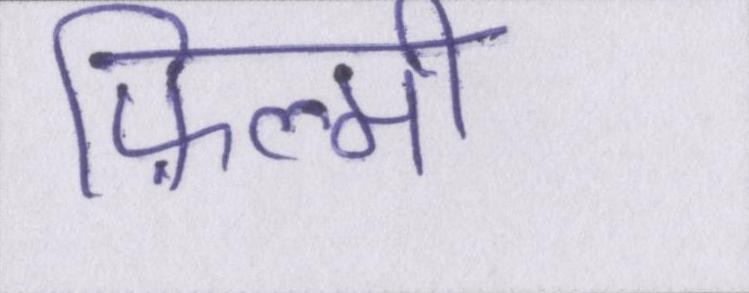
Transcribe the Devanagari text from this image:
फ़िल्मी